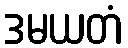
ဒမယတံ